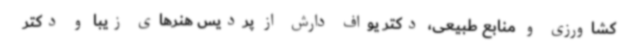
کشاورزی و منابع طبیعی، دکتر یواف دارش از پردیس هنرهای زیبا و دکتر